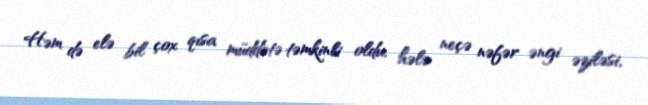
Həm də elə bil çox qısa müddətə təmkinli oldu, hələ neçə nəfər əngi əziləsi,